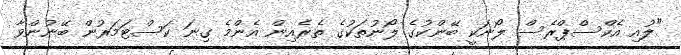
"ލުއި އެކްސްޕްރެސް ލޯނަކީ ބޭންކުގެ ލޯނުތަކުގެ ތެރެއިން އެންމެ ގިނަ ކަސްޓަމަރުން ބޭނުންވާ